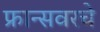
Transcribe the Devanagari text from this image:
फ्रान्सवरचे